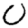
Digit: 0